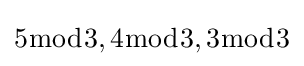
5{\bmod {3}},4{\bmod {3}},3{\bmod {3}}